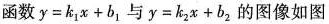
函数$$y = k _ { 1 } x + b _ { 1 }$$与$$y = k _ { 2 } x + b _ { 2 }$$的图像如图